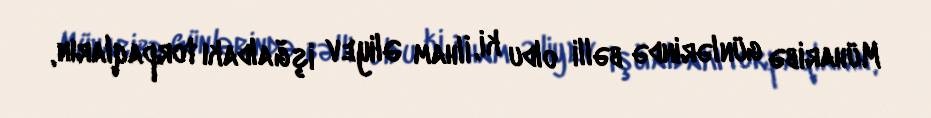
Müharibə günlərində bəlli oldu ki, İlham Əliyev işğaldakı torpaqların,